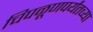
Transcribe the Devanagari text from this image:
चिपळूणपर्यंतच्या